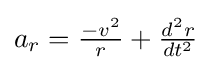
{\textstyle a_{r}={\frac {-v^{2}}{r}}+{\frac {d^{2}r}{dt^{2}}}}